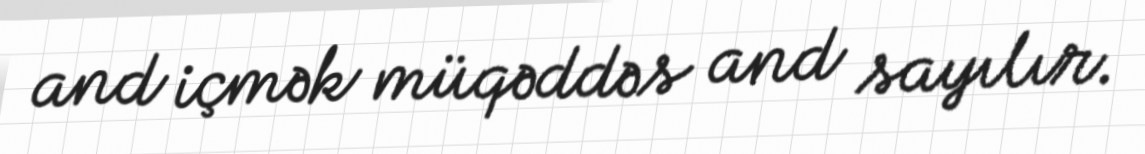
and içmək müqəddəs and sayılır.